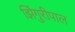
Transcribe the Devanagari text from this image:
झिंगुरीपाल